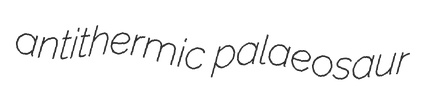
antithermic palaeosaur